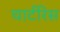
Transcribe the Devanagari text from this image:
चार्टरिस